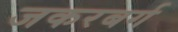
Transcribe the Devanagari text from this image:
जकरबर्ग